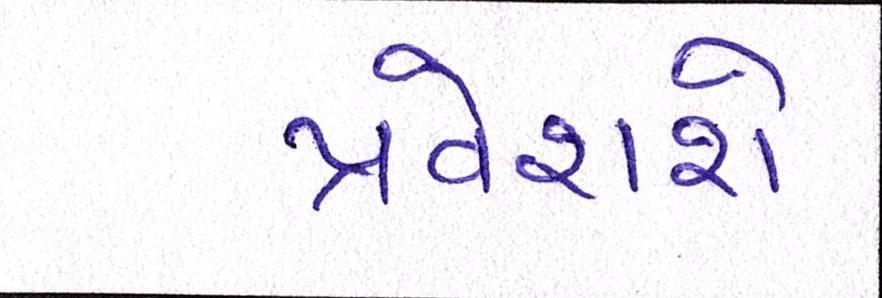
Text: પ્રવેશશે